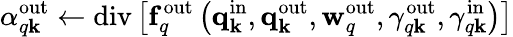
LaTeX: \alpha_{q\mathbf{k}}^{\mathrm{{out}}}\gets\mathrm{{div}}\left[\mathbf{{f}}_{q}^{\mathrm{{out}}}\left(\mathbf{{q}}_{\mathbf{k}}^{\mathrm{{in}}},\mathbf{{q}}_{\mathbf{k}}^{\mathrm{{out}}},\mathbf{{w}}_{q}^{\mathrm{{out}}},\gamma_{q\mathbf{k}}^{\mathrm{{out}}},\gamma_{q\mathbf{k}}^{\mathrm{{in}}}\right)\right]